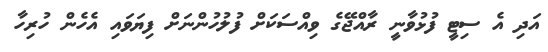
އަދި އެ ސިޓީ ފުޅުވާނީ ރާއްޖޭގެ ވިއްސަކަށް ފުލުހުންނަށް ފިޔަވައި އެހެން ހުރިހާ